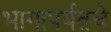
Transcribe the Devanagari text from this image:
भागापर्यतचे